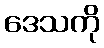
ဒေသကို